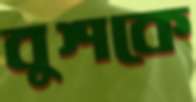
বুশকে